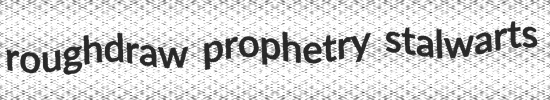
roughdraw prophetry stalwarts